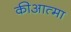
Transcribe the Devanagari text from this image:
कीआत्मा